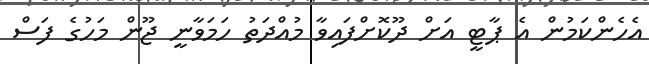
އެހެންކަމުން އެ ޕާޓީ އަށް ދޫކޮށްފައިވާ މުއްދަތު ހަމަވާނީ ޖޫން މަހުގެ ފަސް